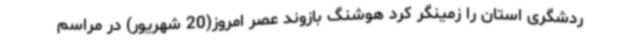
ردشگری استان را زمینگر کرد هوشنگ بازوند عصر امروز(20 شهریور) در مراسم